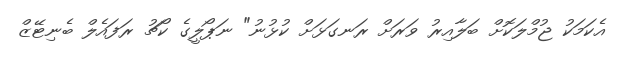
އެކަމަކު ޖުމްލަކޮށް ބަލާއިރު ވަރަށް ރަނގަޅަށް ކުޅުނު" ނަޕޯލީގެ ކޯޗު ރަފައެލް ބެނިޓޭޒް